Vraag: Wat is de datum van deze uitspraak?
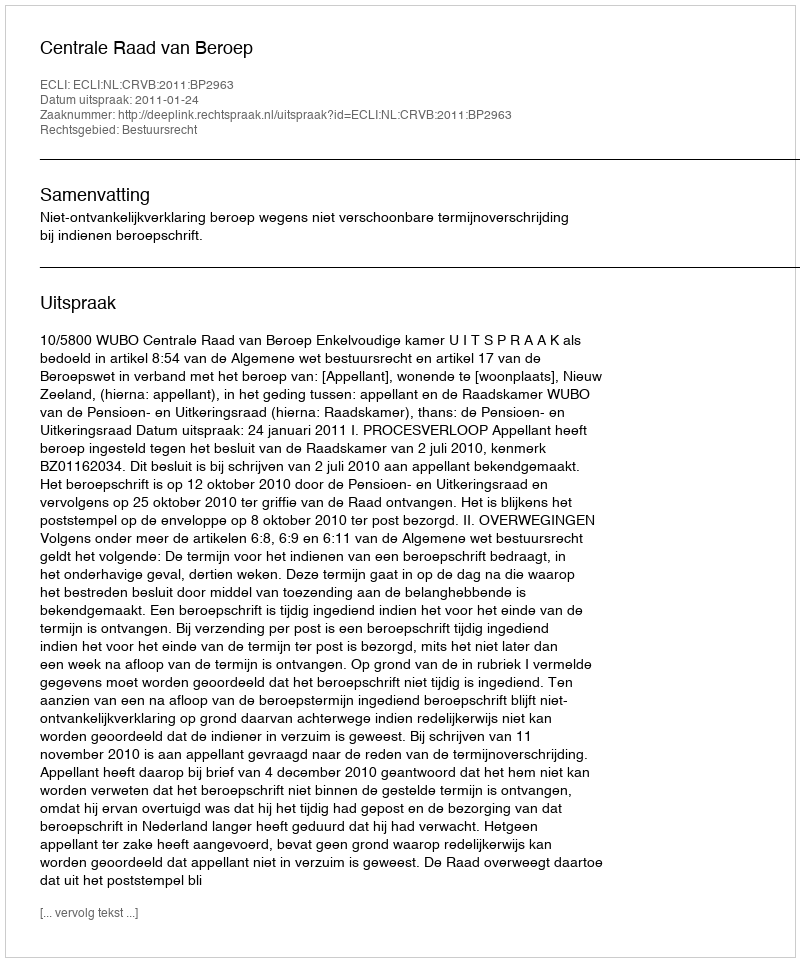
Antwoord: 2011-01-24